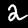
Label: 2